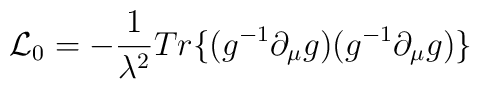
{\cal L}_{0}=-\frac{1}{\lambda ^{2}}Tr\{(g^{-1}\partial _{\mu}g)(g^{-1}\partial _{\mu }g)\}